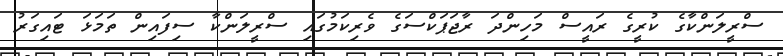
ސްރީލަންކާގެ ކުރީގެ ރައީސް މަހިންދަ ރާޖަޕަކްސަގެ ވެރިކަމުގައި ސްރީލަންކާ ސިފައިން ތަމަޅަ ޓައިގަރު